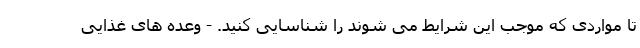
تا مواردی که موجب این شرایط می شوند را شناسایی کنید. - وعده های غذایی